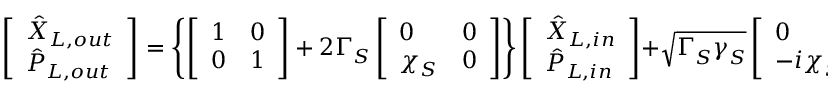
\left[ \begin{array} { l } { \hat { X } _ { L , o u t } } \\ { \hat { P } _ { L , o u t } } \end{array} \right] = \left\{ \left[ \begin{array} { l l } { 1 } & { 0 } \\ { 0 } & { 1 } \end{array} \right] + 2 \Gamma _ { S } ^ { } \left[ \begin{array} { l l } { 0 } & { 0 } \\ { \chi _ { S } ^ { } } & { 0 } \end{array} \right] \right\} \left[ \begin{array} { l } { \hat { X } _ { L , i n } } \\ { \hat { P } _ { L , i n } } \end{array} \right] + \sqrt { \Gamma _ { S } ^ { } \gamma _ { S } ^ { } } \left[ \begin{array} { l l } { 0 } & { 0 } \\ { - i \chi _ { S } ^ { } } & { \chi _ { S } ^ { } } \end{array} \right] \left[ \begin{array} { l } { \hat { \zeta } _ { X } ^ { } } \\ { \hat { \zeta } _ { P } ^ { } , } \end{array} \right]